Medical and sanitary report of the native army of Bengal for the year
Year: 1878
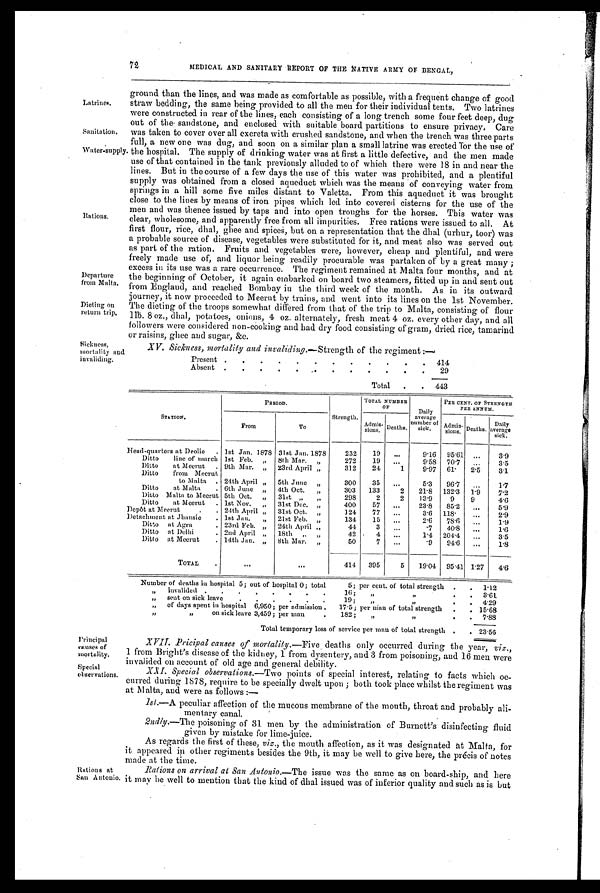
72
MEDICAL AND SANITARY REPORT OF THE NATIVE ARMY OF BENGAt,
Latrines.
Sanitation.
Water-supply
Rations.
Departure
from Malta.
Dieting on
return trip.
Sickness,
mortality an
d invaliding.
ground than the lines, and was made as comfortable as possible, with a frequent change of good
straw bedding, the same being provided to all the men for their individual tents. Two latrines
were constructed in rear of the lines, each consisting of a long trench some four feet deep, dug
out of the sandstone, and enclosed with suitable board partitions to ensure privacy, Care
was taken to cover over all excreta with crushed sandstone, and when the trench was three parts
full, a new one was dug, and soon on a similar plan a small latrine was erected Tor the use of
the hospital. The supply of drinking water was at first a little defective, and the men made
use of that contained in the tank previously alluded to of which there were 18 in and near the
lines. But in the course of a few days the use of this water was prohibited, and a plentiful
supply was obtained from a closed aqueduct which was the means of conveying water from
springs in a hill some five miles distant to Valetta. From this aqueduct it was brought
close to the lines by means of iron pipes which led into covered cisterns for the use of the
men and was thence issued by taps and into open troughs for the horses. This water was
clear, wholesome, and apparently free from all impurities. Free rations were issued to all. At
first flour, rice, dhal, ghee and spices, but on a representation that the dhal (urhur, toor) was
a probable source of disease, vegetables were substituted for it, and meat also was served out
as part of the ration. Fruits and vegetables were, however, cheap and plentiful, and were
freely made use of, and liquor being readily procurable was partaken of by a great many ;
excess in its use was a rare occurrence. The regiment remained at Malta four months, and at
the beginning of October, it again embarked on board two steamers, fitted up in and sent out
from England, and reached Bombay in the third week of the month. As in its outward
journey, it now proceeded to Meerut by trains, and went into its lines on the 1st November.
The dieting of the troops somewhat differed from that of the trip to Malta, consisting of flour
lib. 8 oz., dhal, potatoes, onions, 4 oz. alternately, fresh meat 4 oz. every other day, and all
followers were considered non-cooking and bad dry food consisting of gram, dried rice, tamarind
or raisins, ghee and sugar, &c.
XV. Sickness, mortality and invaliding.—Strength of the regiment :—
Present
.
.
.
.
.
.
.
.
.
.
.
. 414
Absent
.
.
.
.
.
. .
.
.
.
.
.
29
Total
.
. 443
STATION.
PERIOD.
Strength.
TOTAL NUMBER
OF
Daily
average
number of
sick.
PER CENT. OF STRENGTH
PER ANNUM.
From
To
A d m i s s i o n s .
Deaths.
Admissions. Deaths.
Daily
average
sick.
Read-quarters at Deolie
. 1st Jan. 1878 31st Jan. 1878
232
19
. . .
9.16
95.61
. . .
3.9
Ditto line of march 1st Feb. „
8th Mar.
„
272
19
„.
9.58 70.7
. . .
3.5
Ditto at Meerut
. 9th Mar. „
23rd April „
312
24
1
9'97 61.
2.5
3.1
Ditto from Meerut
to Malta . 24th April „
5th June „
300
35
. . .
5.3
96.7
. . .
1.7
Ditto at Malta
. 6th June „
4th Oct. „
303
133
2
21.8
132.3
1.9
7.2
Ditto Malta to Meerut 5th Oct. „
31st „
„
298
2
2
13.9
9
9
4.6
Ditto at Meerut
. 1st Nov.
,,
31st Dec. „
400
57
. . .
23.8
85.2
. . .
5.9
Depot at Meerut. 24th April „
31st Oct. „
124
77
. . .
3.6 118.
. . .
2.9
Detachment at Jhansie
. 1st Jan.
„
21st Feb. „
134
15
. . .
2.6
78.6
. . .
1.9
Ditto at Agra
. 23rd Feb. „
24th April „
44
3
. . .
. 7
40.8
. . .
1.6
Ditto at Delhi
. 2nd April „
18th ,, ,,
42
4
. . .
1.4 204.4
. . .
3.5
Ditto at Meerut
. 14th Jan. „
8th Mar. „
50
7
. . .
. 9
94.6
. . .
1.8
TOTAL
.
. . .
. . .
414
395
5
19.04 95.41 1.27
4.6
Number of deaths in hospital 5; out of hospital 0; total 5; per cent. of total strength
.
. 1.12
invalided
. . . . . . . .
.
. 3.61
sent on sick leave
. . . . . . 1 9 ;
„ ,,
.
.
4.29
,,
of days spent in hospital 6,950; per admission . 17.5; per nian of total strength
.
. 15.68
,,
„
on sick leave 3,459; per man
. 1 8 2 ;
„ .
.
.
7.88
Total temporary loss of service per man of total strength
.
. 23.56
Principal
causes of
mortality.
Special
observations.
Rations at
San A ntonio,
Pricipal causes of mortality. —Five deaths only occurred during the year, viz.,
1 from Bright's disease of the kidney, 1 from dysentery, and 3 from poisoning, and 16 men were
invalided on account of old age and general debility.
XXI. Special observations. —Two points of special interest, relating to facts which oc-
curred during 1878, require to be specially dwelt upon ; both took place whilst the regiment was
at Malta, and were as follows :—
1st.—A peculiar affection of the mucous membrane of the mouth, throat and probably ali-
mentary canal.
2ndly.—The poisoning of 31 men by the administration of Burnett's disinfecting fluid
given by mistake for lime-juice.
As regards the first of these, viz., the mouth affection, as it was designated at Malta, for
it appeared in other regiments besides the 9th, it may be well to give here, the précis of notes
made at the time.
Rations on arrival at San Antonio.—The issue was the same as on board-ship, and here
it may be well to mention that the kind of dhal issued was of inferior quality and such as is but